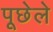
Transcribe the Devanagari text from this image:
पूछेले